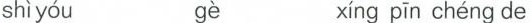
(2) shì yóu gè xíng pīn chéng de